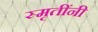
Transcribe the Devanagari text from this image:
स्मृतींनी